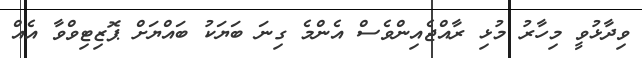
ވިދާޅުވީ މިހާރު މުޅި ރާއްޖެއިންވެސް އެންމެ ގިނަ ބަޔަކު ބައްޔަށް ޕޮޒިޓިވްވާ އެއް